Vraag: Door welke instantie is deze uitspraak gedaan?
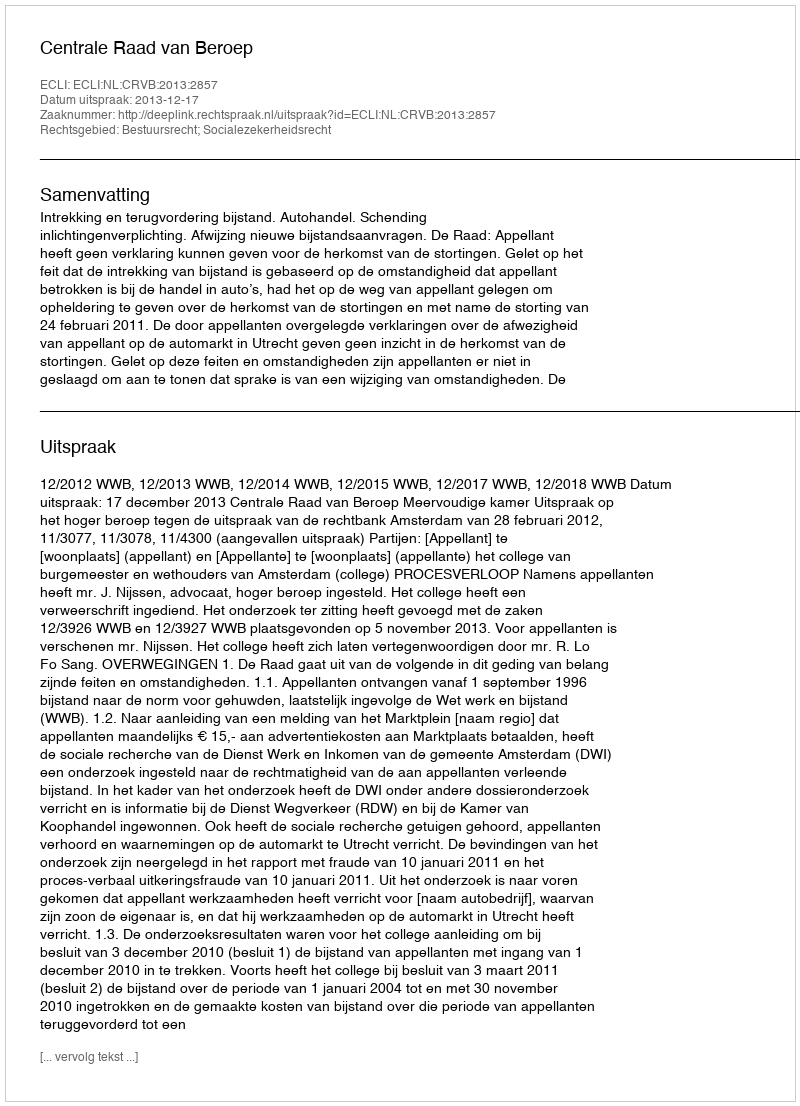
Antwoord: Centrale Raad van Beroep